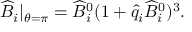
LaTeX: \widehat B _ { i } | _ { \theta = \pi } = { \widehat B } _ { i } ^ { 0 } ( 1 + \hat { q } _ { i } { \widehat B } _ { i } ^ { 0 } ) ^ { 3 } .